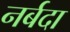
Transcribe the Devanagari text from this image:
नर्बदा